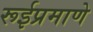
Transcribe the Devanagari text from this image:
रूईप्रमाणे